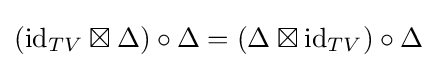
(\mathrm {id} _{TV}\boxtimes \Delta )\circ \Delta =(\Delta \boxtimes \mathrm {id} _{TV})\circ \Delta